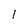
Character: l